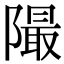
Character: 𨼥